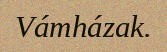
Vámházak.